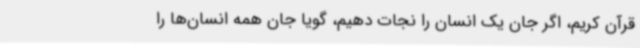
قرآن کریم، اگر جان یک انسان را نجات دهیم، گویا جان همه انسان‌ها را